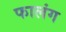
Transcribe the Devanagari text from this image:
फालंग